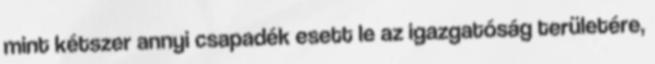
mint kétszer annyi csapadék esett le az igazgatóság területére,